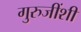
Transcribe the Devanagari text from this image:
गुरुजींशी